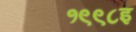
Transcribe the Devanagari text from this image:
१९९८इ